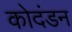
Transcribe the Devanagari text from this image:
कोदंडन